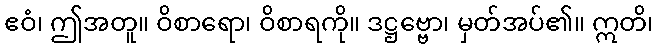
ဧဝံ၊ ဤအတူ။ ဝိစာရော၊ ဝိစာရကို။ ဒဋ္ဌဗ္ဗော၊ မှတ်အပ်၏။ ဣတိ၊